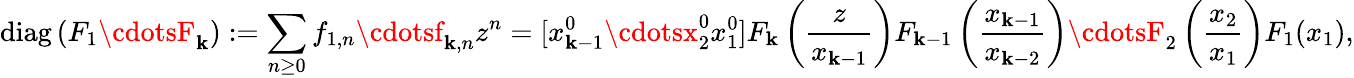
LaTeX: \operatorname{diag}\left(F_{1}\cdotsF_{\mathbf{k}}\right):=\sum_{n\geq0}f_{1,n}\cdotsf_{\mathbf{k},n}z^{n}=[x_{\mathbf{k}-1}^{0}\cdotsx_{2}^{0}x_{1}^{0}]F_{\mathbf{k}}\left({\frac{{z}}{{x_{\mathbf{k}-1}}}}\right)F_{\mathbf{k}-1}\left({\frac{{x_{\mathbf{k}-1}}}{{x_{\mathbf{k}-2}}}}\right)\cdotsF_{2}\left({\frac{{x_{2}}}{{x_{1}}}}\right)F_{1}(x_{1}),